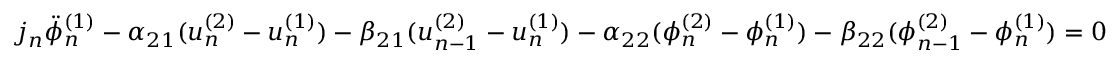
\begin{array} { r } { j _ { n } \Ddot { \phi } _ { n } ^ { ( 1 ) } - \alpha _ { 2 1 } ( u _ { n } ^ { ( 2 ) } - u _ { n } ^ { ( 1 ) } ) - \beta _ { 2 1 } ( u _ { n - 1 } ^ { ( 2 ) } - u _ { n } ^ { ( 1 ) } ) - \alpha _ { 2 2 } ( \phi _ { n } ^ { ( 2 ) } - \phi _ { n } ^ { ( 1 ) } ) - \beta _ { 2 2 } ( \phi _ { n - 1 } ^ { ( 2 ) } - \phi _ { n } ^ { ( 1 ) } ) = 0 } \end{array}